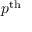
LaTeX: p ^ { \mathrm { t h } }